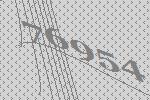
76954